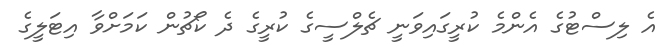
އެ ލިސްޓުގެ އެންމެ ކުރީގައިވަނީ ޗެލްސީގެ ކުރީގެ ދެ ކޯޗުން ކަމަށްވާ އިޓަލީގެ